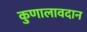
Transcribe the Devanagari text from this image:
कुणालावदान